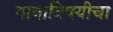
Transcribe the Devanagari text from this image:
गावाविषयीचा